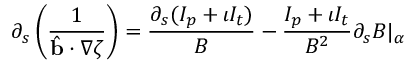
\partial _ { s } \left( \frac { 1 } { \hat { \mathbf { b } } \cdot \nabla \zeta } \right) = \frac { \partial _ { s } ( I _ { p } + \iota I _ { t } ) } { B } - \frac { I _ { p } + \iota I _ { t } } { B ^ { 2 } } \partial _ { s } B | _ { \alpha }